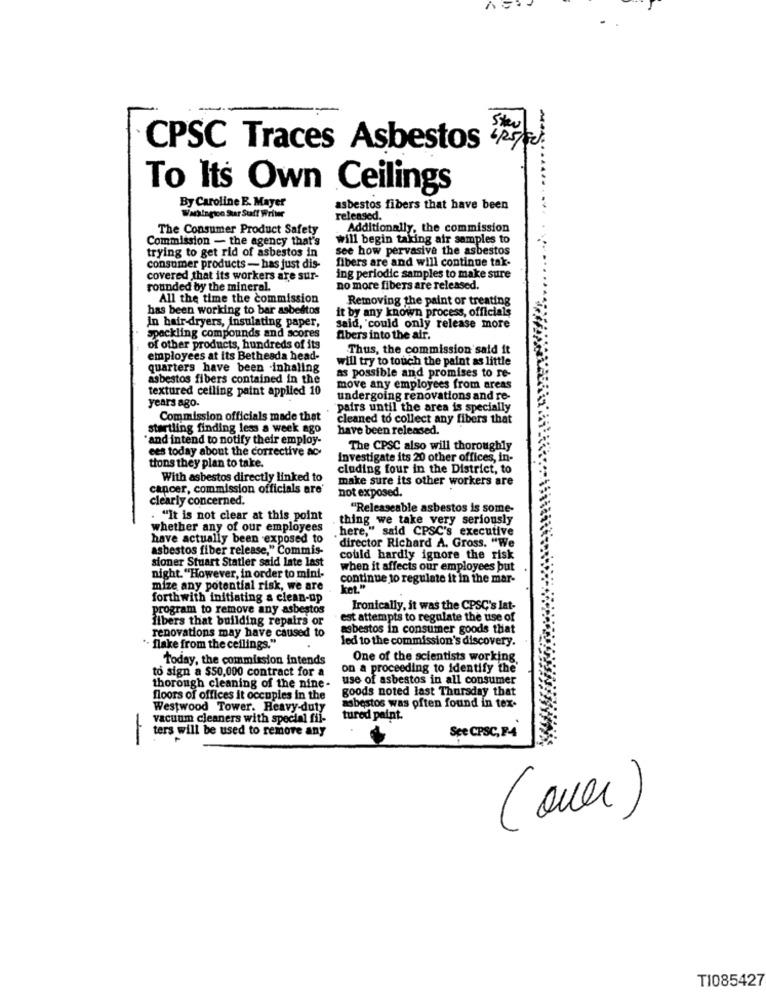
CPSC Traces Asbestos 279
To Its Own Ceilings
By Caroline E. Mayer
asbestos fibers that have been
Washington Star Staff Writer
released.
The Consumer Product Safety
Additionally, the commission
Commission - the agency that's
will begin taking air samples to
trying to get rid of asbestos in
see how pervasive the asbestos
fibers are and will continue tak-
consumer products - has just dis-
covered that its workers are sur-
ing periodic samples to make sure
rounded by the mineral.
no more fibers are released.
All the time the commission
Removing the paint or treating
has been working to bar asbestos
it by any known process, officials
In hair dryers, insulating paper,
said, could only release more
Spackling compounds and scores
fibers into the air.
of other products, hundreds of its
Thus, the commission said it
employees at its Bethesda head-
will try to touch the paint as little
quarters have been inhaling
as possible and promises to re-
asbestos fibers contained in the
textured celling paint applied 10
move any employees from areas
years ago.
undergoing renovations and re-
"pairs until the area is specially
Commission officials made that
cleaned to collect any fibers that
startling finding less a week ago
have been released.
"and intend to notify their employ-
ees today about the corrective ac-
The CPSC also will thoroughly
tions they plan to take.
Investigate its 20 other offices, in-
cluding four in the District, to
With asbestos directly linked to
make sure its other workers are
cancer, commission officials are'
not exposed.
clearly concerned.
"Releaseable asbestos is some-
. "It is not clear at this point
thing we take very seriously
whether any of our employees
. here," said CPSC's executive
have actually been exposed to
asbestos fiber release," Commis-
director Richard A. Gross. "We
sioner Stuart Statler said late last
could hardly ignore the risk
when it affects our employees but
night. "However, in order to mini-
continue to regulate it in the mar-
mize any potential risk, we are
kot."
forthwith initiating a clean-up
program to remove any asbestos
Ironically, it was the CPSC's lat-
fibers that building repairs or
est attempts to regulate the use of
renovations may have caused to
asbestos in consumer goods that
led to the commission's discovery.
"- flake from the ceilings."
Today, the commission intends
One of the scientists working.
to sign a $50,000 contract for a
on a proceeding to identify the
use of asbestos in all consumer
thorough cleaning of the nine -
goods noted last Thursday that
floors of offices it occupies in the
Westwood Tower. Heavy-duty
asbestos was often found in tex-
vacuum cleaners with special fil-
tured paint.
ters will be used to remove any
-
See CPSC, F4
(over)
TI085427